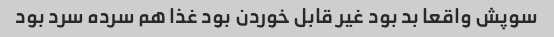
سوپش واقعا بد بود غیر قابل خوردن بود غذا هم سرده سرد بود